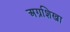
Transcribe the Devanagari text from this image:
अग्रशिखा